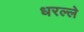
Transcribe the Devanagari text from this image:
धरल्ले